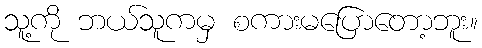
သူ့ကို ဘယ်သူကမှ စကားမပြောတော့ဘူး။